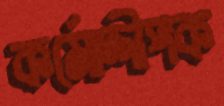
কর্মোদ্দীপক